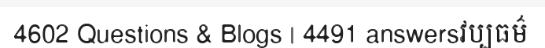
4602 Questions & Blogs | 4491 answersវប្បធម៌